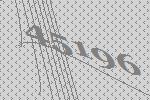
45196